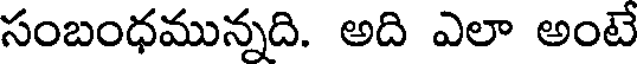
సంబంధమున్నది. అది ఎలా అంటే